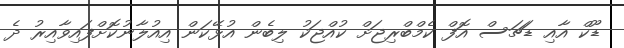
ޑޫކް އާއި ޑަޗަސް އޮފް ކެމްބްރިޖަށް ކުއްޖަކު ލިބެން އުޅޭކަން އިއުލާނުކޮށްފައިވާއިރު ދެ